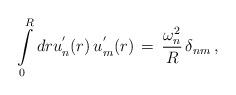
LaTeX: \begin{align*}\int\limits_{0}^{R}dr u^{'}_{n}(r)\,u^{'}_{m}(r)\,=\,\frac{\omega_n^2}{R}\,\delta_{nm}\,{,}\end{align*}